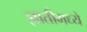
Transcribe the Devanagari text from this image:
ज्ञातीमध्ये